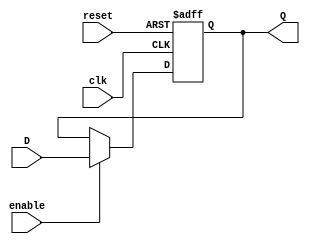
// FlipFlop tipo T

module FF1b(
  input wire clk, enable, reset,
  input wire D,
  output reg Q);

  always @(posedge clk or posedge reset) begin
    if(reset)
      Q <= 0;
    else if(enable)
      Q <= D;
  end
endmodule

module FFT(
  input wire clk, reset, enable,
  output wire Q);

  FF1b u(clk, reset, enable, ~Q, Q);
endmodule